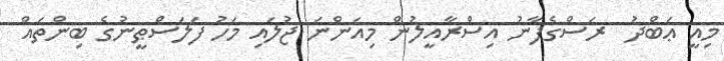
މިއީ ޢަބްދު  ރަސްގެފާނު އިސްރާއީލުން މިއަންނަ ޖުލައި މަހު ފަލަސްޠީނުގެ ބިންތައް